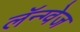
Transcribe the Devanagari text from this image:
लॅन्ग्वेज